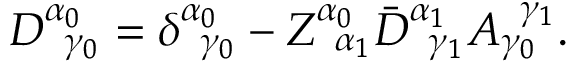
D _ { \; \; \gamma _ { 0 } } ^ { \alpha _ { 0 } } = \delta _ { \; \; \gamma _ { 0 } } ^ { \alpha _ { 0 } } - Z _ { \; \; \alpha _ { 1 } } ^ { \alpha _ { 0 } } \bar { D } _ { \; \; \gamma _ { 1 } } ^ { \alpha _ { 1 } } A _ { \gamma _ { 0 } } ^ { \; \; \gamma _ { 1 } } .